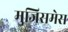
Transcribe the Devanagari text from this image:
मुजिसमेस